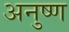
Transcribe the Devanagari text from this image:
अनुष्ण